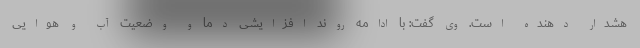
هشدار دهنده است. وی گفت: با ادامه روند افزایشی دما و وضعیت آب و هوایی